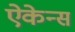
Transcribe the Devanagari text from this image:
ऐकेन्स